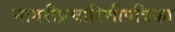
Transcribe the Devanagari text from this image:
नागरीप्रचारिणीपत्रिका